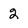
Character: 2